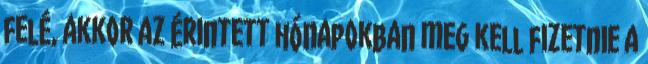
felé, akkor az érintett hónapokban meg kell fizetnie a